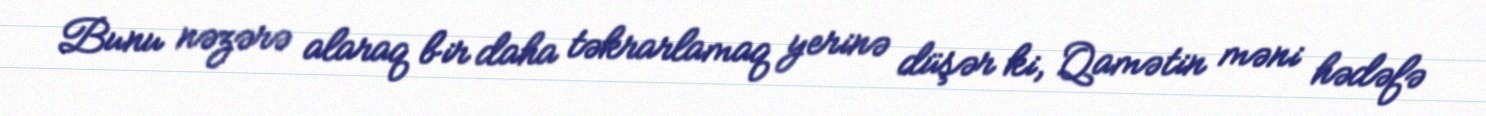
Bunu nəzərə alaraq bir daha təkrarlamaq yerinə düşər ki, Qamətin məni hədəfə